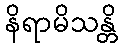
နိရာမိသန္တိ